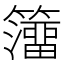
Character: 𥶅